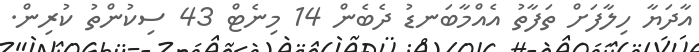
އާދަޔާ ހިލާފަށް ތަފާތު އެއްމާބަނޑު ދެބެން 14 މިނެޓް 43 ސިކުންތު ކުރިން.